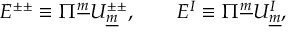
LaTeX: E ^ { \pm \pm } \equiv \Pi ^ { \underline { { { m } } } } U _ { \underline { { { m } } } } ^ { \pm \pm } , \qquad E ^ { I } \equiv \Pi ^ { \underline { { { m } } } } U _ { \underline { { { m } } } } ^ { I } ,